Madras plague regulations and rules - Volume 2
Disease focus: Plague
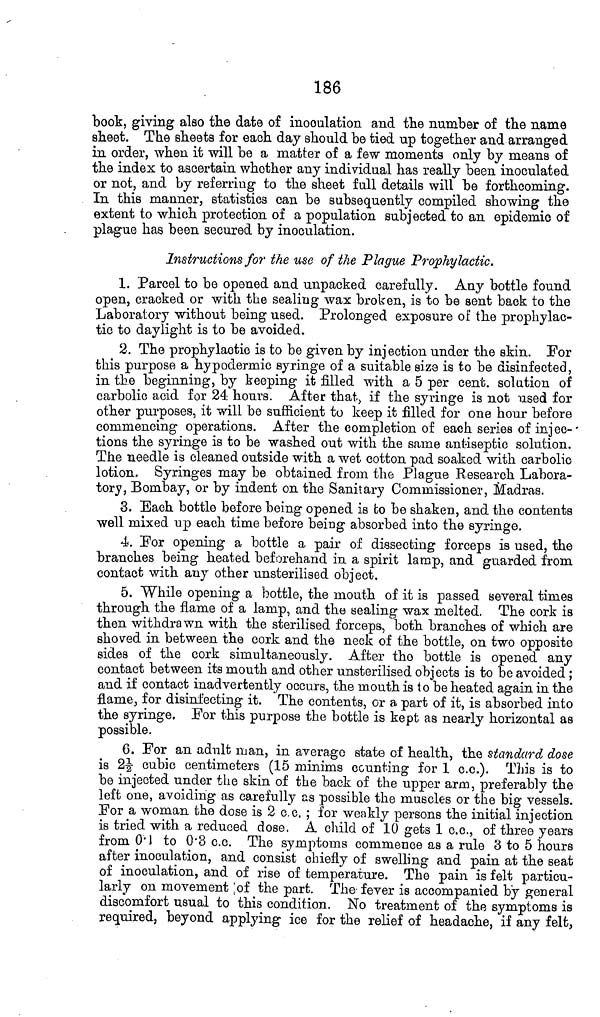
186
book, giving also the date of inoculation and the number of the name
sheet. The sheets for each day should be tied up together and arranged
in order, when it will be a matter of a few moments only by means of
the index to ascertain whether any individual has really been inoculated
or not, and by referring to the sheet full details will be forthcoming.
In this manner, statistics can be subsequently compiled showing the
extent to which protection of a population subjected to an epidemic of
plague has been secured by inoculation.
Instructions for the use of the Plague Prophylactic.
1. Parcel to be opened and unpacked carefully. Any bottle found
open, cracked or with the sealing wax broken, is to be sent back to the
Laboratory without being used. Prolonged exposure of the prophylac-
tic to daylight is to be avoided.
2. The prophylactic is to be given by injection under the skin. For
this purpose a hypodermic syringe of a suitable size is to be disinfected,
in the beginning, by keeping it filled with a 5 per cent, solution of
carbolic acid for 24 hours. After that, if the syringe is not used for
other purposes, it will be sufficient to keep it filled for one hour before
commencing operations. After the completion of each series of injec-
tions the syringe is to be washed out with the same antiseptic solution.
The needle is cleaned outside with a wet cotton pad soaked with carbolic
lotion. Syringes may be obtained from the Plague Research Labora-
tory, Bombay, or by indent on the Sanitary Commissioner, Madras.
3. Each bottle before being opened is to be shaken, and the contents
well mixed up each time before being absorbed into the syringe.
4. For opening a bottle a pair of dissecting forceps is used, the
branches being heated beforehand in a spirit lamp, and guarded from
contact with any other unsterilised object.
5. While opening a bottle, the mouth of it is passed several times
through the flame of a lamp, and the sealing wax melted. The cork is
then withdrawn with the sterilised forceps, both branches of which are
shoved in between the cork and the neck of the bottle, on two opposite
sides of the cork simultaneously. After the bottle is opened any
contact between its mouth and other unsterilised objects is to be avoided;
and if contact inadvertently occurs, the mouth is to be heated again in the
flame, for disinfecting it. The contents, or a part of it, is absorbed into
the syringe, For this purpose the bottle is kept as nearly horizontal as
possible.
6. For an adult man, in average state of health, the standard dose
is 2½ cubic centimeters (15 minims counting for 1 c.c.). This is to
be injected under the skin of the back of the upper arm, preferably the
left one, avoiding as carefully as possible the muscles or the big vessels.
For a woman the dose is 2 c.c. ; for weakly persons the initial injection
is tried with a reduced dose. A child of 10 gets 1 c.c., of three years
from 0 1 to 0 3 c.c. The symptoms commence as a rule 8 to 5 hours
after inoculation, and consist chiefly of swelling and pain at the seat
of inoculation, and of rise of temperature. The pain is felt particu-
larly on movement of the part. The fever is accompanied by general
discomfort usual to this condition. No treatment of the symptoms is
required, beyond applying ice for the relief of headache, if any felt,